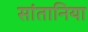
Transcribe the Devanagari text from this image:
सांतानिया